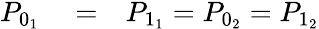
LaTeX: \begin{array}{rlr}{P_{0_{1}}}&{{}=}&{P_{1_{1}}=P_{0_{2}}=P_{1_{2}}}\end{array}